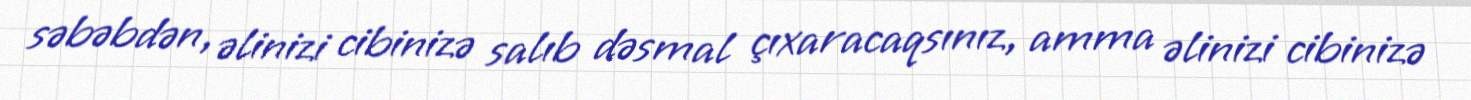
səbəbdən, əlinizi cibinizə salıb dəsmal çıxaracaqsınız, amma əlinizi cibinizə